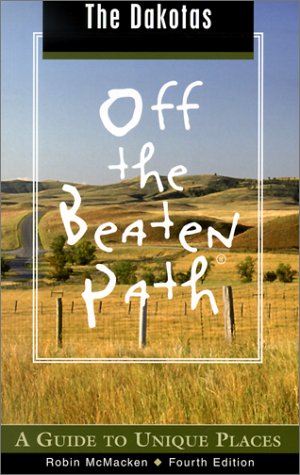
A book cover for The Dakotas Off the Beaten Path, 4th: A Guide to Unique Places (Off the Beaten Path Series); Robin McMacken; Travel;